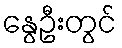
နွေဦးတွင်